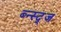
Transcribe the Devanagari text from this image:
ब्न्स्द्ज